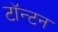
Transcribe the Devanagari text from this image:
टॉन्टन